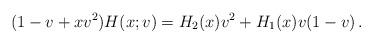
LaTeX: \begin{align*}(1-v+xv^2)H(x;v)=H_2(x)v^2+H_1(x)v(1-v)\,.\end{align*}